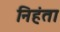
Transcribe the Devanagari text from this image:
निहंता